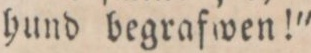
hund begrafwen!"